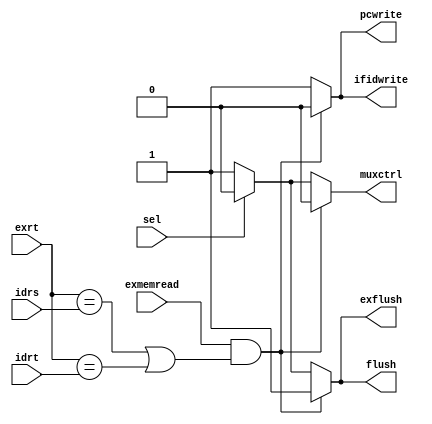
module hazard(
				sel,
               idrs,
			   idrt,
			   exrt,
			   exmemread,
			   pcwrite,
			   ifidwrite,
			   muxctrl,
			   flush,
			   exflush
               );

parameter size = 0;			   
			
//I/O ports  
input sel;             
input   [5-1:0] idrs;          
input   [5-1:0] idrt; 
input   [5-1:0] exrt; 
input   exmemread;
output reg muxctrl; 
output reg pcwrite;
output  reg ifidwrite;
output reg flush;
output reg exflush;
//Internal Signals
//reg     [size-1:0] data_o;

//Main function
always@(*)begin
	if(exmemread&&((exrt==idrs)||(exrt==idrt)))begin
		//stall
		pcwrite=1'b0;
		ifidwrite=1'b0;
		muxctrl=1'b0;
		flush=1'b1;
		exflush=1'b1;
		
	end
	else if(sel)begin
		pcwrite=1'b1;
		ifidwrite=1'b1;
		muxctrl=1'b0;
		flush=1'b0;
		exflush=1'b0;
		end
	else begin
		pcwrite=1'b1;
		ifidwrite=1'b1;
		muxctrl=1'b1;
		flush=1'b1;
		exflush=1'b1;
	end
end
endmodule